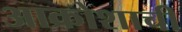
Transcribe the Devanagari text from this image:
आक्रोशाची